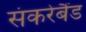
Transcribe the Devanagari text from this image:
संकरेबैंड